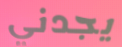
يجدني